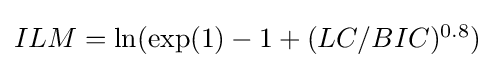
{\textstyle ILM=\ln(\exp(1)-1+(LC/BIC)^{0.8})}